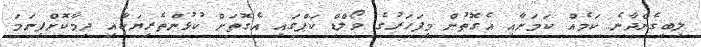
ލިބިގެންދާނެ ކަމެއް ކަމަށާއި އެގޮތުން މިފަހަރުގެ ވޯލްޑް ކަޕްގައި އެގޮތަށް ކުޅުންތެރިޔަކާއި ދިމާކޮށްފިނަމަ